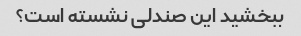
ببخشید این صندلی نشسته است؟